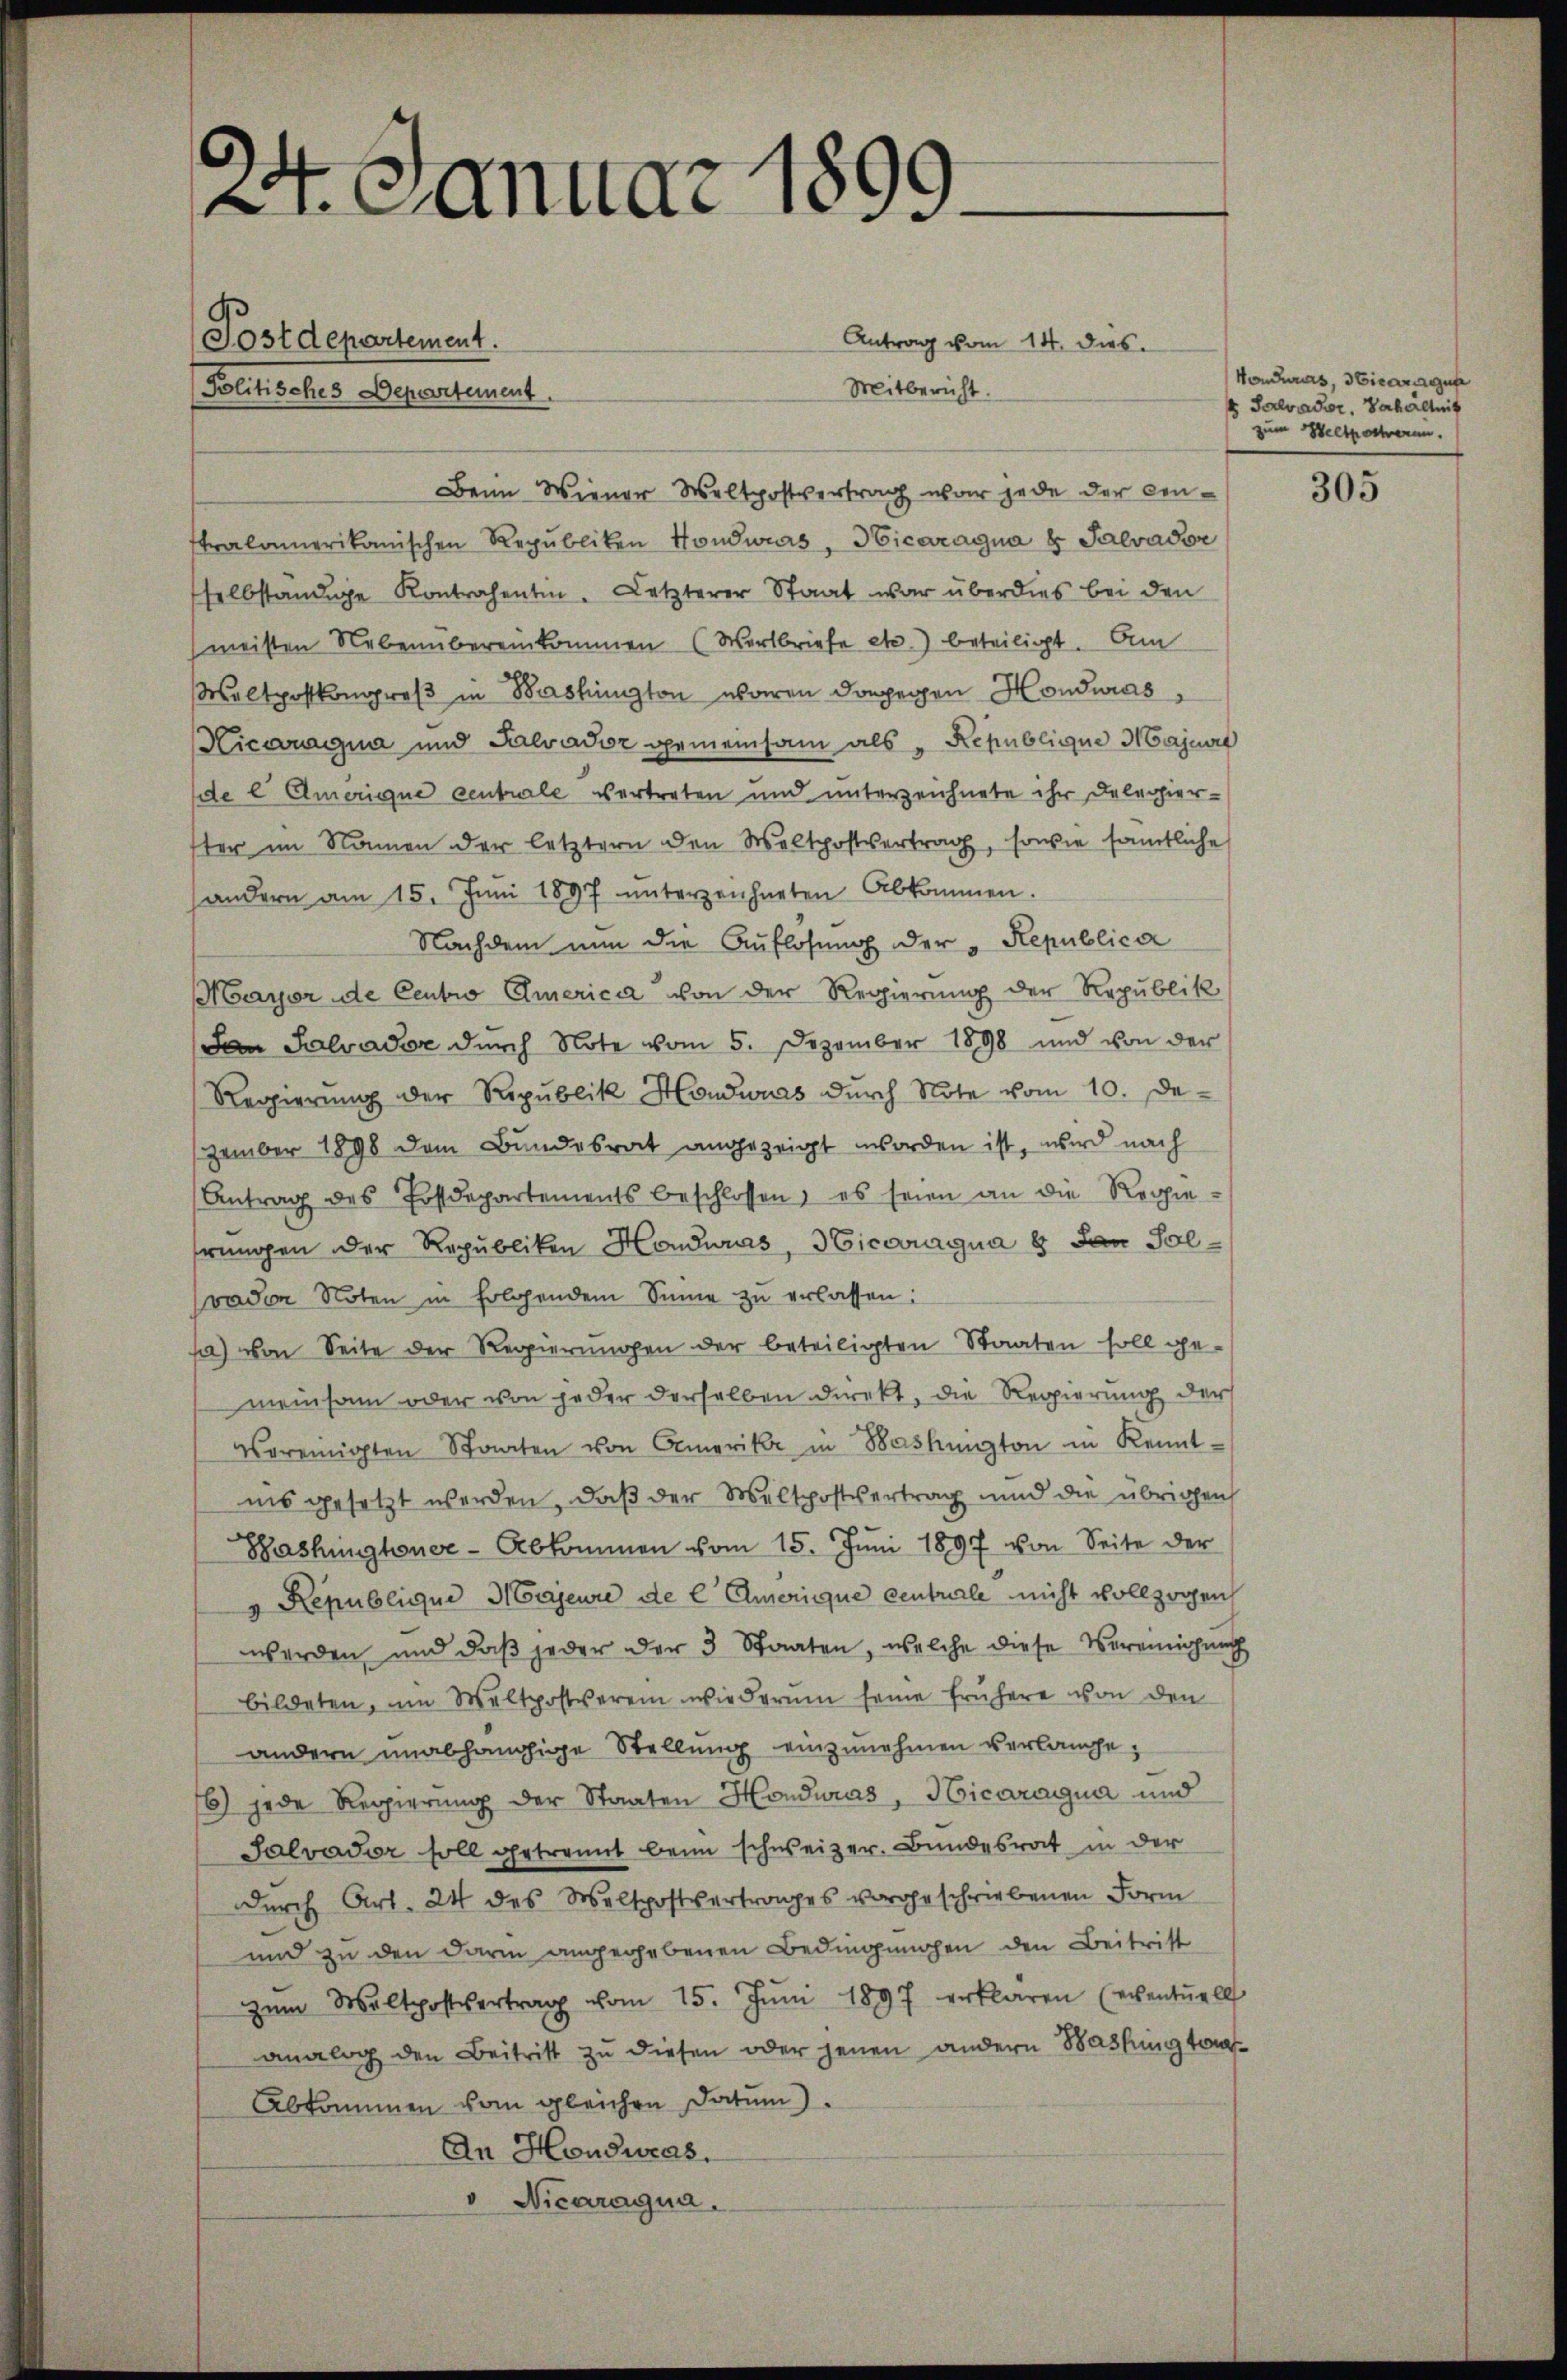
d
3
2. Januar 186
1

Postdepartement.
Politisches Departement.

Antrag vom 14. dies
Mitbericht.
Beim Wiener Weltpostvertrag war jede der Constralamerikanischen Republiken Hondwas, Hicaragua 8 Salvador
selbständige Kontrahentin. Letzterer Staat war überdies bei den
meisten Neben übereinkommen (Wortbriefe etc.) beteiligt. Am
Waltpostkongreβ in Bashington waren dagegen Honduras
Hicaragua und Salvador gemeinsam als „Republique Majenig
de e Amerique centrale vertreten und unterzeichnete ihr Delerier-
ster im Namen der letztern den Weltpostvertrag, sowie sämtliche
handern am 15. Jŭni 1897 ŭnterzeichneten Abkommen.
Nachdem nun die Auflösung der "Republica
Mayer de Centro Emerica von der Regierung der Republik
San Salvader durch Note vom 5. Dezember 1898 und von der
Regierŭng der Republik Hondwuas durch Note vom 10. De-
zember 1898 dem Bundesrat angezeigt worden ist, wird nach
Antrag des Postdepartements beschlossen, es seien an die Regierungen der Republiken Hondwurs, Vicaragua 8 Jan Solvavon Noten in folgendem Sinne zŭ erlassen:
) von Seite der Regierungen der beteiligten Staaten soll ge-
meinsam oder von jeder derselben direkt, die Regierung der
vereinigten Staaten von Amerika in Baskanton in Kennt-
ins gesetzt werden, daß der Meltpostvertrag und die übrigen
Washingtoner-Abkommen vom 15. Jŭni 1897 von Seite der
Republique Majeure de l Emerique centrale nicht vollzogen
werden und daß jeder der 3 Staaten, welche diese Vereinigung
bildeten, um Waltpostverein wiederum seine frühere von den
andern unabhängige Stellung einzunehmen verlange;
6) jede Regierŭng der Staaten Honduras, Hicaragua und
Salvator soll getrennt beim schweizer. Bundesrat in der
durch Art. 24 des Weltpostvertrages vorgeschriebenen Form
und zu den darin angegebenen Bedingungen den Beitritt
zŭm Waltpostvertrag vom 15. Jŭni 1897 erklären (eventuell
analog den Beitritt zŭ diesen oder jenen andern Washington
Abkommen vom gleichen Datum).
An Hondwas.
v Nicaragua.

Honduras, sticar gut
 Salvader, Verhältnis
zum Weltposteren.

305